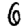
Digit: 6